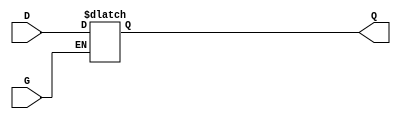
module GatedTransparentLatch (
    input wire D,    // Data Input
    input wire G,    // Gate/Enable Input
    output reg Q     // Output
);

// Always block to model the behavior of the gated latch
always @(*) begin
    if (G) begin
        // When G is high, Q follows D
        Q <= D;
    end else begin
        // When G is low, Q retains its last value
        // No change in Q
        Q <= Q;
    end
end

endmodule